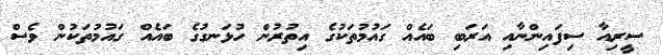
ސީރިއާ ސިފައިންނާއި އަރަބި ބައެއް ގައުމުތަކުގެ އިތުރުން ހުޅަނގުގެ ބައެއް ގައުމުތަކުން ވެސް